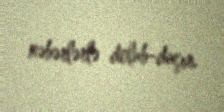
xəbərlərlə dolub-daşır.